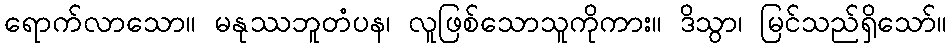
ရောက်လာသော။ မနုဿဘူတံပန၊ လူဖြစ်သောသူကိုကား။ ဒိသွာ၊ မြင်သည်ရှိသော်။